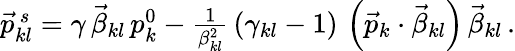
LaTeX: \begin{array}{r}{\vec{p}_{kl}^{\, s}=\gamma\, \vec{\beta}_{kl}\, p_{k}^{0}-\frac{1}{\beta_{kl}^{2}}\, \left(\gamma_{kl}-1\right)\, \left(\vec{p}_{k}\cdot\vec{\beta}_{kl}\right)\, \vec{\beta}_{kl}\, .}\end{array}